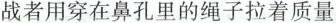
战者用穿在鼻孔里的绳子拉着质量